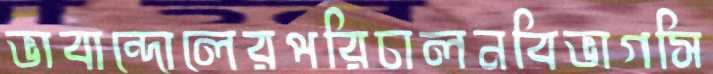
ভাবান্দোলেরপরিচালনবিভাগসি